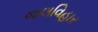
જલવિહાર